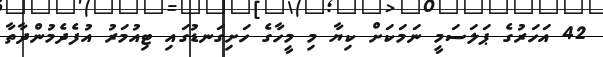
42 އަހަރުގެ ޕަލަސަމީ ނަމަކަށް ކިޔާ މި މީހާގެ ހަށިގަނޑުގައި ޓިއުމަރު އުފެދެމުންދާތާ